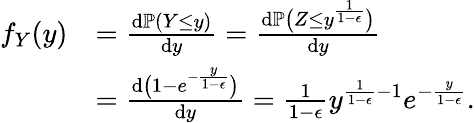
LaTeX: \begin{array}{rl}{f_{Y}(y)}&{=\frac{\mathrm{d}\mathbb{P}(Y\leq y)}{\mathrm{d}y}=\frac{\mathrm{d}\mathbb{P}\big(Z\leq y^{\frac{1}{1-\epsilon}}\big)}{\mathrm{d}y}}\\ &{=\frac{\mathrm{d}\big(1-e^{-\frac{y}{1-\epsilon}}\big)}{\mathrm{d}y}=\frac{1}{1-\epsilon}y^{\frac{1}{1-\epsilon}-1}e^{-\frac{y}{1-\epsilon}}.}\end{array}